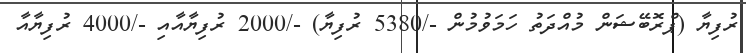
ރުފިޔާ (ޕްރޮބޭޝަން މުއްދަތު ހަމަވުމުން -/5380 ރުފިޔާ) -/2000 ރުފިޔާއާއި -/4000 ރުފިޔާއާ